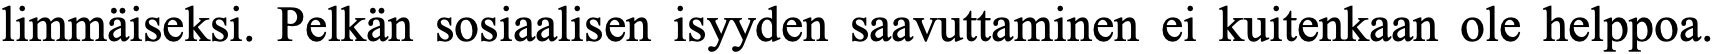
limmäiseksi. Pelkän sosiaalisen isyyden saavuttaminen ei kuitenkaan ole helppoa.